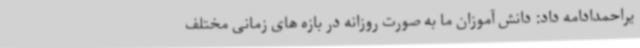
یراحمدادامه داد: دانش آموزان ما به صورت روزانه در بازه های زمانی مختلف